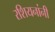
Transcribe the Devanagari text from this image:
रशियनांनी